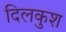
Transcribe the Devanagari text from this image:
दिलकुश